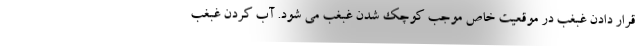
قرار دادن غبغب در موقعیت خاص موجب کوچک شدن غبغب می شود. آب کردن غبغب